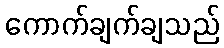
ကောက်ချက်ချသည်